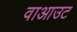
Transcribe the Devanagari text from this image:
वाआउट